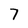
Character: 7